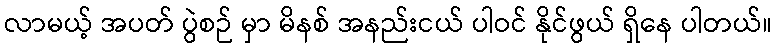
လာမယ့် အပတ် ပွဲစဉ် မှာ မိနစ် အနည်းငယ် ပါဝင် နိုင်ဖွယ် ရှိနေ ပါတယ်။